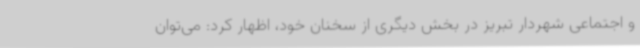
و اجتماعی شهردار تبریز در بخش دیگری از سخنان خود، اظهار کرد: می‌توان